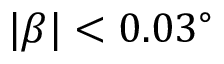
| \beta | < 0 . 0 3 ^ { \circ }